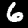
Label: 6